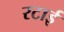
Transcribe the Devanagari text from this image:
रटाई